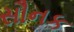
સૌનક